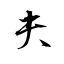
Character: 夫